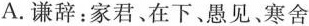
A.谦辞：家君、在下、愚见、寒舍